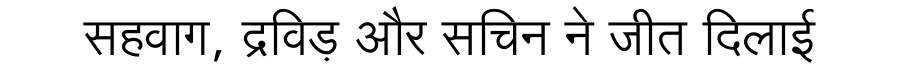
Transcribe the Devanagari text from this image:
सहवाग, द्रविड़ और सचिन ने जीत दिलाई